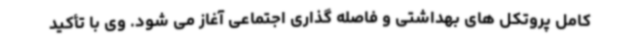
کامل پروتکل های بهداشتی و فاصله گذاری اجتماعی آغاز می شود. وی با تأکید